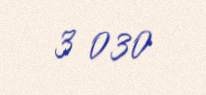
3 030